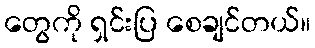
တွေကို ရှင်းပြ စေချင်တယ်။